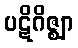
ပဋိဂိဇ္ဈာ